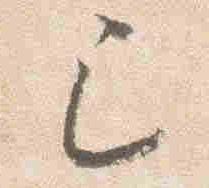
已